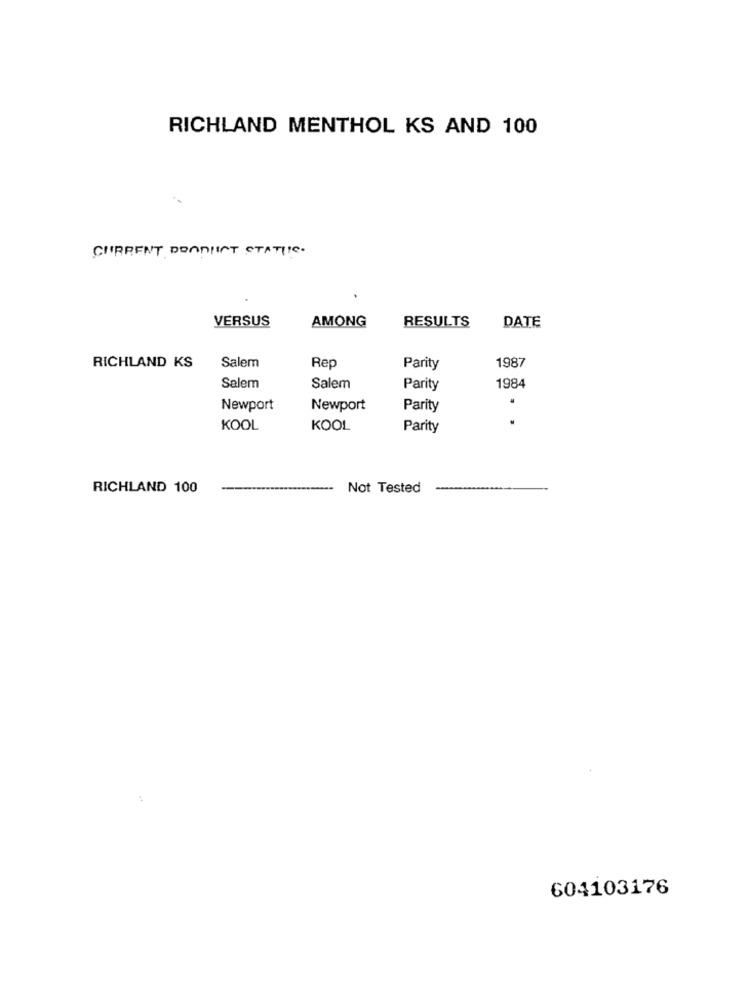
RICHLAND MENTHOL KS AND 100
CURRENT DONNENT STATIC.
VERSUS
RESULTS
AMONG
DATE
RICHLAND KS
Salem
Rep
Parity
1987
Salem
Salem
Parity
1984
Newport
Newport
Parity
KOOL
KOOL
Parity
RICHLAND 100
Not Tested
604103176